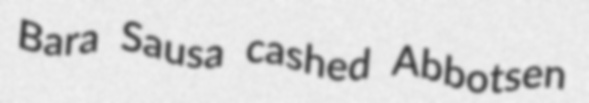
Bara Sausa cashed Abbotsen